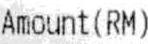
AMOUNT(RM)